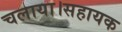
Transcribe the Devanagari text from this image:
चलाया।सहायक